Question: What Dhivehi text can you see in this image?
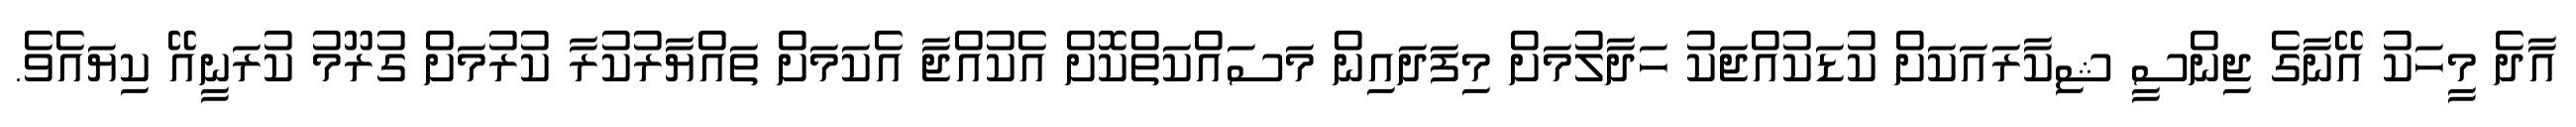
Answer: އާދެ މީހަކު އޭނާގެ ޖިންސީ ޝިކާރައަކަށް ކުޑަކުއްޖަކު ހަދާލުމަށް މިފަދައިން މަސައްކަތްކޮށް އެކުއްޖާ އެކަމަށް ތައްޔާރުކުރާ ކުރުމަށް ގުރޫމު ކުރަނީއޭ ކިޔައެވެ.